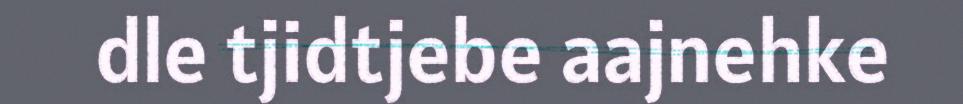
dle tjidtjebe aajnehke